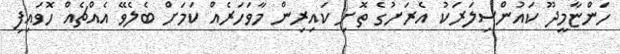
ހަންޏާމީދޫ ކައުންސިލަރަކު އެރަށުގެ ތޮށި ކައިރިން މާވަހަރެއް ކަމަށް ބެލެވޭ އެއްޗެއް ހޮވައިފި